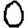
Digit: 0